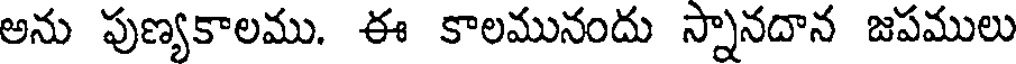
అను పుణ్యకాలము. ఈ కాలమునందు స్నానదాన జపములు